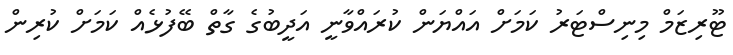
ޓޫރިޒަމް މިނިސްޓަރު ކަމަށް އައްޔަން ކުރައްވާނީ އަދީބުގެ ގާތް ބޭފުޅެއް ކަމަށް ކުރިން